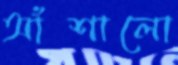
আঁশালো